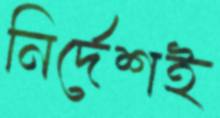
নির্দেশই